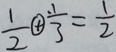
\frac { 1 } { 2 } \textcircled { + } \frac { . 1 } { 3 } = \frac { 1 } { 2 }